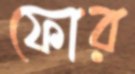
ফোর